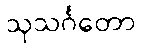
သုသင်္ဂတော